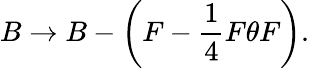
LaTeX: B\rightarrow B-\left(F-\frac{1}{4}F\theta F\right).